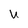
Character: U